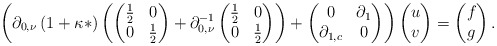
\begin{align*}\left(\partial_{0,\nu}\left(1+\kappa*\right)\left(\begin{pmatrix}\frac{1}{2} & 0\\0 & \frac{1}{2}\end{pmatrix}+\partial_{0,\nu}^{-1}\begin{pmatrix}\frac{1}{2} & 0\\0 & \frac{1}{2}\end{pmatrix}\right)+\begin{pmatrix}0 & \partial_{1}\\\partial_{1,c} & 0\end{pmatrix}\right)\begin{pmatrix}u\\v\end{pmatrix}=\begin{pmatrix}f\\g\end{pmatrix}.\end{align*}